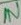
Text: IN